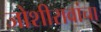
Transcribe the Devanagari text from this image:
जोशीरावांचा